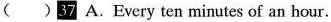
( )37 A. Every ten minutes of an hour.